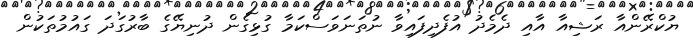
ޔުކްރޭންއާ ރަޝިއާ އާއި ދެމެދު އުފެދިފައިވާ ނުތަނަވަސްކަމާ ގުޅިގެން ދުނިޔޭގެ ބާރުގަދަ ގައުމުތަކުން